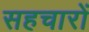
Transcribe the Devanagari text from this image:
सहचारों